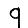
Digit: 9